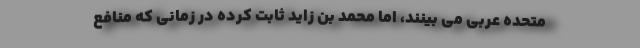
متحده عربی می بینند، اما محمد بن زاید ثابت کرده در زمانی که منافع